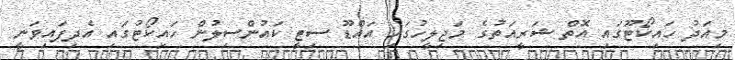
މިއަދު ހައިކޯޓޫގައި އޮތް ޝަރީއަތުގެ މަޖިލީހުގައި އައްޑޫ ސިޓީ ކައުންސިލުން ހައިކޯޓުގައި އެދިފައިވަނީ